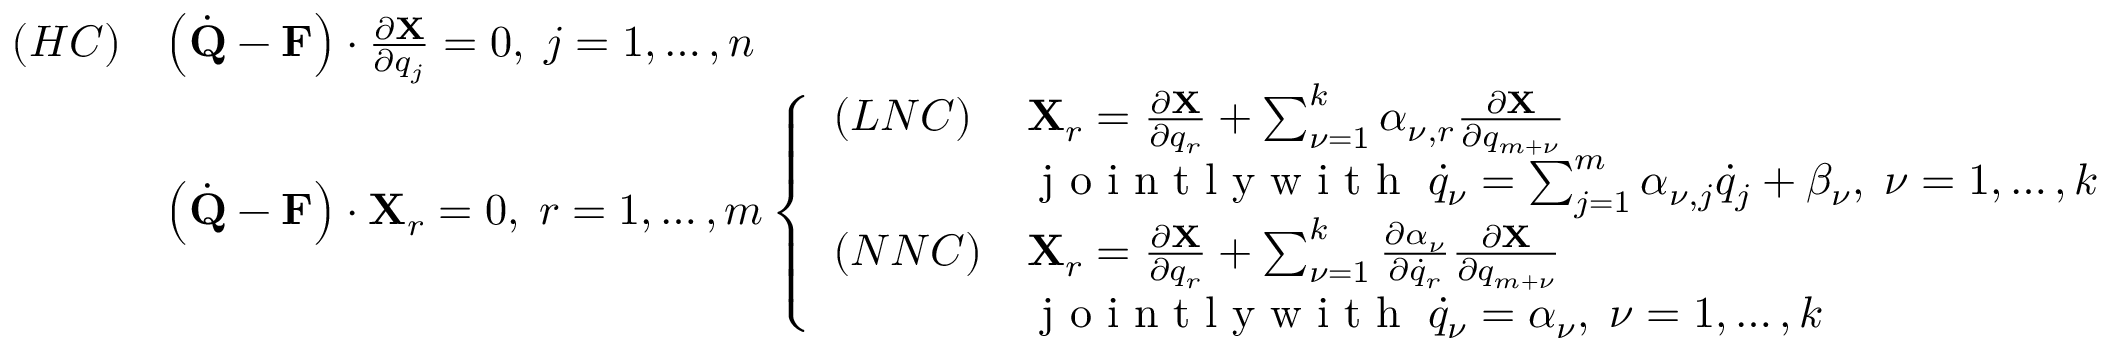
\begin{array} { l l } { ( H C ) } & { \left( { \dot { \bf Q } } - { \bf F } \right) \cdot \frac { \partial { \bf X } } { \partial q _ { j } } = 0 , \; j = 1 , \dots , n } \\ & { \left( { \dot { \bf Q } } - { \bf F } \right) \cdot { \bf X } _ { r } = 0 , \; r = 1 , \dots , m \left\{ \begin{array} { l l } { ( L N C ) } & { { \bf X } _ { r } = \frac { \partial { \bf X } } { \partial q _ { r } } + \sum _ { \nu = 1 } ^ { k } \alpha _ { \nu , r } \frac { \partial { \bf X } } { \partial q _ { m + \nu } } } \\ & { \textrm { j o i n t l y w i t h } \; { \dot { q } } _ { \nu } = \sum _ { j = 1 } ^ { m } \alpha _ { \nu , j } { \dot { q } } _ { j } + \beta _ { \nu } , \; \nu = 1 , \dots , k } \\ { ( N N C ) } & { { \bf X } _ { r } = \frac { \partial { \bf X } } { \partial q _ { r } } + \sum _ { \nu = 1 } ^ { k } \frac { \partial \alpha _ { \nu } } { \partial { \dot { q } } _ { r } } \frac { \partial { \bf X } } { \partial q _ { m + \nu } } } \\ & { \textrm { j o i n t l y w i t h } \; { \dot { q } } _ { \nu } = \alpha _ { \nu } , \; \nu = 1 , \dots , k } \end{array} \right. } \end{array}